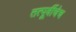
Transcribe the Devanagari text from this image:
तत्पूर्वीचेच